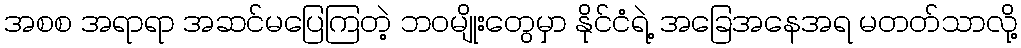
အစစ အရာရာ အဆင်မပြေကြတဲ့ ဘဝမျိုးတွေမှာ နိုင်ငံရဲ့ အခြေအနေအရ မတတ်သာလို့